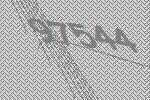
97544